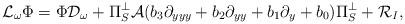
LaTeX: \begin{align*}\mathcal{L}_{\omega} \Phi=\Phi \mathcal{D}_{\omega}+\Pi_S^{\perp} \mathcal{A} (b_3 \partial_{yyy}+b_2 \partial_{yy}+b_1 \partial_y+b_0)\Pi_S^{\perp}+\mathcal{R}_{\mathit{I}},\end{align*}